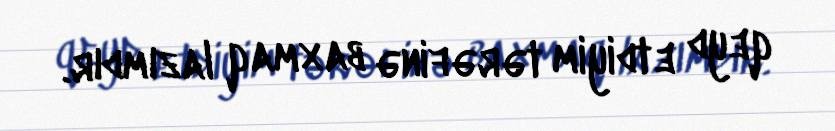
qeyd etdiyim tərəfinə baxmaq lazımdır.